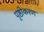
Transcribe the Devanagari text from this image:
पृष्ठीकरण